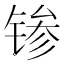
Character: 𬭝